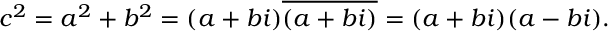
c ^ { 2 } = a ^ { 2 } + b ^ { 2 } = ( a + b i ) { \overline { { ( a + b i ) } } } = ( a + b i ) ( a - b i ) .